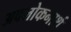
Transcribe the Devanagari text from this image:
अवलोकनार्थ